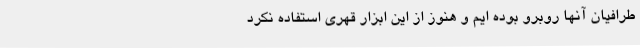
طرافیان آنها روبرو بوده ایم و هنوز از این ابزار قهری استفاده نکرد